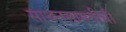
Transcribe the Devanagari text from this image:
साधनसामगीची